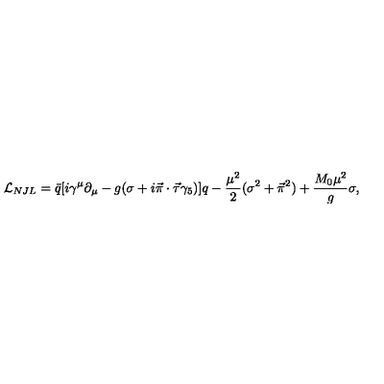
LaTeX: { \cal L } _ { N J L } = \bar { q } [ i \gamma ^ { \mu } \partial _ { \mu } - g ( \sigma + i \vec { \pi } \cdot \vec { \tau } \gamma _ { 5 } ) ] q - { \frac { \mu ^ { 2 } } { 2 } } ( \sigma ^ { 2 } + \vec { \pi } ^ { 2 } ) + { \frac { M _ { 0 } \mu ^ { 2 } } { g } } \sigma ,